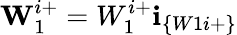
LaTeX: \textbf{W}_{1}^{i+}=W_{1}^{i+}\textbf{i}_{\{ W1i+\} }